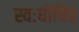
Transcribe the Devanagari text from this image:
स्वःघोषित